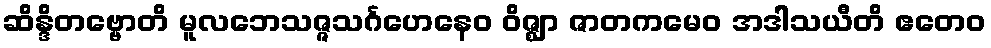
ဆိန္ဒိတဗ္ဗောတိ မူလဘေသဇ္ဇသင်္ဂဟေနေဝ ဝိဇ္ဈာ ဇာတကမေဝ အဒါသယီတိ ဧတေဝ